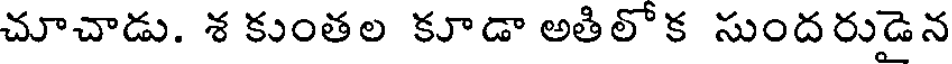
చూచాడు. శ కుంతల కూడా అతిలోక సుందరుడెన